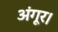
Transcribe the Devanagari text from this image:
अंगूर।